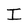
Character: I